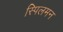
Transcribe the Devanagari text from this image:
स्पिलमन